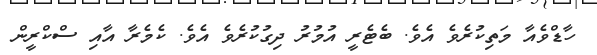
ހާޑްވެއާ މަތިކުރެވެ އެވެ. ބެޓެރީ އުމުރު ދިގުކުރެވެ އެވެ. ކެމެރާ އާއި ސްކްރީން